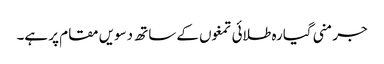
جرمنی گیارہ طلائی تمغوں کے ساتھ دسویں مقام پر ہے۔